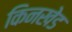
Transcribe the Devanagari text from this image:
किनखेड